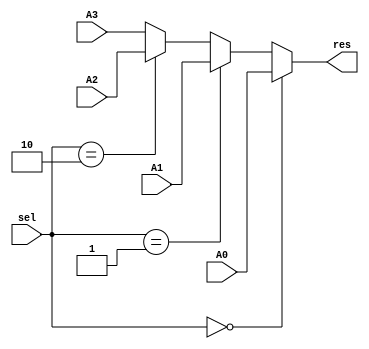
`timescale 1ns / 1ps
//////////////////////////////////////////////////////////////////////////////////
// Company: 
// Engineer: 
// 
// Design Name: 
// Module Name:    mux_4_1_1 
// Project Name: 
// Target Devices: 
// Tool versions: 
// Description: 
//
// Dependencies: 
//
// Revision: 
// Revision 0.01 - File Created
// Additional Comments: 
//
//////////////////////////////////////////////////////////////////////////////////
module mux_4_1_1(A0,A1,A2,A3,sel,res
    );

	output reg  res;
	 input [1:0] sel;
	 input  A0,A1,A2,A3;
	 always @(*)
	 begin
		if(sel==2'b00)
		begin
			res = A0;
		end
		else if(sel==2'b01)
		begin
			res = A1;
		end
		else if(sel==2'b10)
		begin
			res = A2;
		end
		else 
		begin
			res = A3;
		end
	 end
endmodule